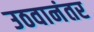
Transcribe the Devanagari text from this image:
उठवानंतर